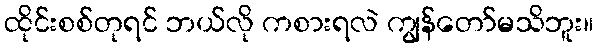
ထိုင်းစစ်တုရင် ဘယ်လို ကစားရလဲ ကျွန်တော်မသိဘူး။